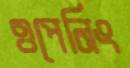
ওপেনিং